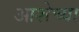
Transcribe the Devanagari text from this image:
आशेच्या